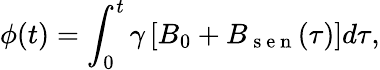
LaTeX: \phi(t)=\int_{0}^{t}\gamma\left[B_{0}+B_{\mathrm{~s~e~n~}}(\tau)\right]d\tau,